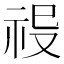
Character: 𥙈